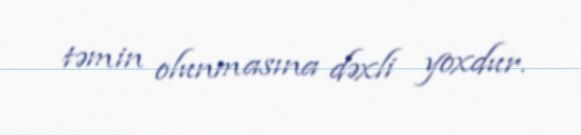
təmin olunmasına dəxli yoxdur.